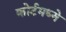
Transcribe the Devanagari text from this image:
कोर्टमध्ये